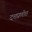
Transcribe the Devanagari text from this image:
दत्तप्रणीत